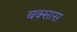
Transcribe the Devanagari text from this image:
बक्सास